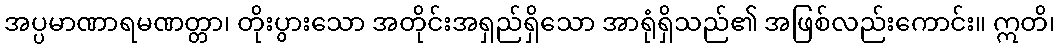
အပ္ပမာဏာရမဏတ္တာ၊ တိုးပွားသော အတိုင်းအရှည်ရှိသော အာရုံရှိသည်၏ အဖြစ်လည်းကောင်း။ ဣတိ၊